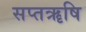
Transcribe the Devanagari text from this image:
सप्तॠषि